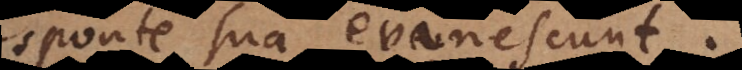
sponte sua evanescunt;